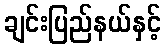
ချင်းပြည်နယ်နှင့်